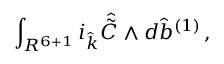
\int _ { R ^ { 6 + 1 } } i _ { \hat { k } } { \hat { \tilde { C } } } \wedge d { \hat { b } } ^ { ( 1 ) } \, ,